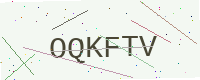
Text: OQKFTV